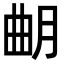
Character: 𣌴